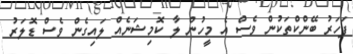
ފަހަރު ބޭންކްތަކުން ވެސް އެ މީހުން ލާ ކޮމިޝަނެއް ލައިގެން ވެސް ޑޮލަރު